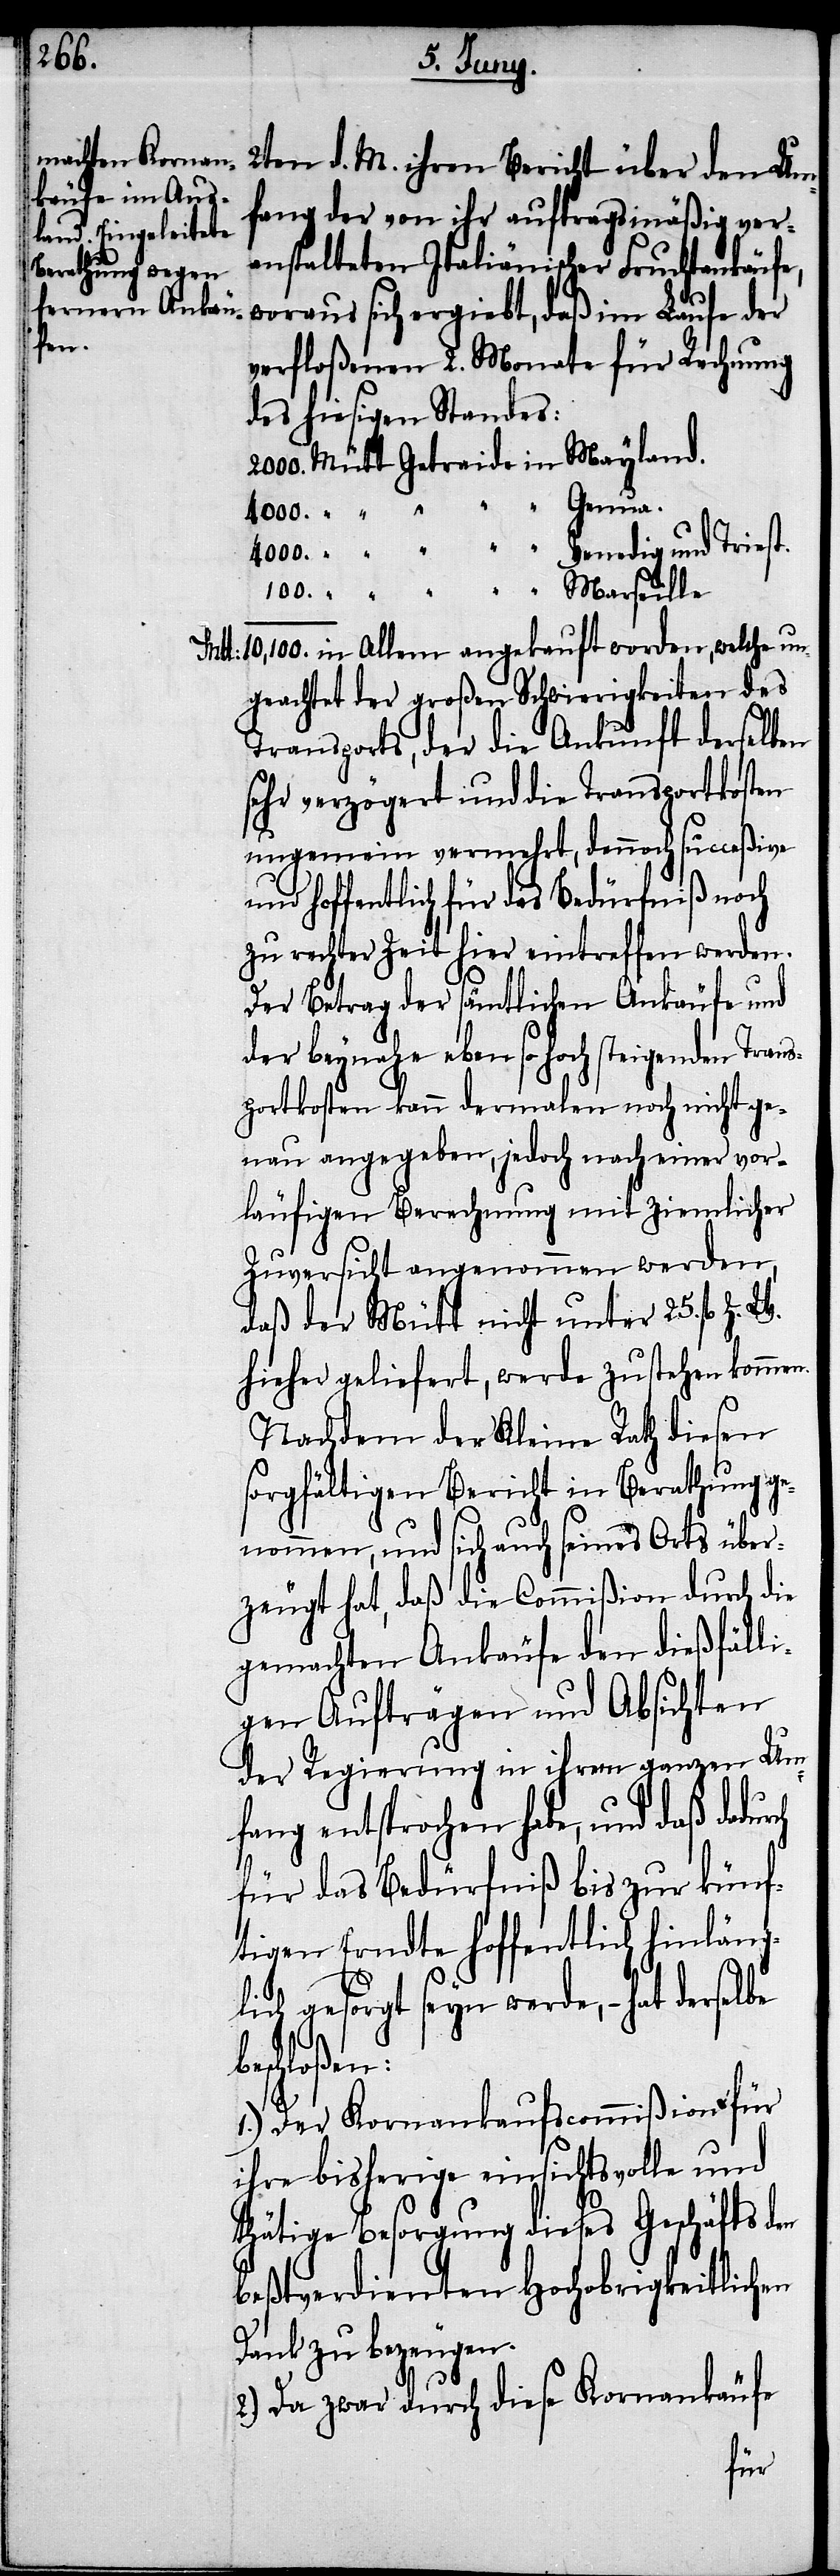
ch
2ten d. M. ihren Bericht über den Um¬
fang der von ihr auftragsmäßig ver¬
anstalteten Italiänischer Fruchtankäufe,
woraus sich ergiebt, daß im Laufe der
verfloßenen 2. Monate für Rechnung
des hiesigen Standes:
Mütt Getraide in Mayland
Mtt: 10,100. in Allem angekauft worden, welche un¬
geachtet der großen Schwierigkeiten des
Transports, der die Ankunft derselben
sehr verzögert und die Transportkosten
ungemein vermehrt, dennoch succeßive
und hoffentlich für das Bedürfniß noch
zu rechter Zeit hier eintreffen werden.
Der Betrag der sämtlichen Ankäufe und
der beynahe ebenso hoch steigenden Trans¬
portkosten kann dermalen noch nicht ge¬
nau angegeben, jedoch nach einer vor¬
läufigen Berechnung mit ziemlicher
Zuversicht angenommen werden,
daß der Mütt nicht unter 25. fl. z.
hieher geliefert, werde zustehen kommen.
Nachdem der Kleine Rath diesen
sorgfältigen Bericht in Berathung ge¬
nommen, und sich auch seines Orts über¬
zeugt hat, daß die Commißion durch die
gemachten Ankäufe den dießfälli¬
gen Aufträgen und Absichten
der Regierung in ihrem ganzen Um¬
fang entsprochen habe, und daß dadur¬
für das Bedürfniß bis zur künf¬
tigen Erndte hoffentlich hinläng¬
lich gesorgt seyn werde, – hat derselbe
beschloßen:
1.) Der Kornankaufscommißion für
ihre bisherige einsichtsvolle und
thätige Besorgung dieses Geschäfts den
beßtverdienten Hochobrigkeitlichen
Dank zu bezeugen.
2.) Da zwar durch diese Kornankäufe